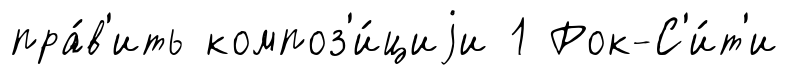
пра́в'ить композ'и́циjи 1 Рок-С'и́т'и